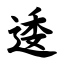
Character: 逶